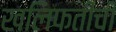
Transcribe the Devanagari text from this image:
खलिफतीची